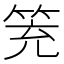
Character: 𥬱